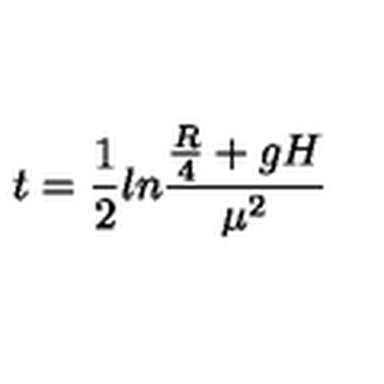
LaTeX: t = \frac { 1 } { 2 } l n \frac { \frac { R } { 4 } + g H } { \mu ^ { 2 } }